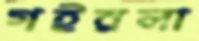
গইরলা